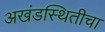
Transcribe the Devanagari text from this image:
अखंडस्थितीचा